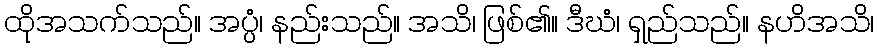
ထိုအသက်သည်။ အပ္ပံ၊ နည်းသည်။ အသိ၊ ဖြစ်၏။ ဒီဃံ၊ ရှည်သည်။ နဟိအသိ၊